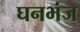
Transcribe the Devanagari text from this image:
घनभंज